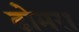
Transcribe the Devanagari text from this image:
ढोमरा